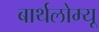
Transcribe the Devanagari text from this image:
बार्थलोम्यू